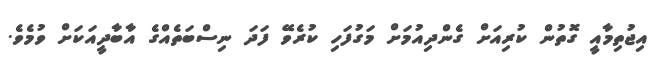
އިޖުތިމާއީ ގޮތުން ކުރިއަށް ގެންދިއުމަށް މަގުފަހި ކުރެވޭ ފަދަ ނިސްބަތެއްގެ އާބާދީއަކަށް ވުމެވެ.